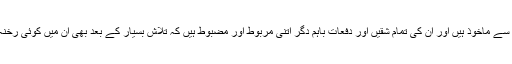
اسلامی تہذیب سے ماخوذ ہیں اور ان کی تمام شقیں اور دفعات باہم دگر اتنی مربوط اور مضبوط ہیں کہ تلاشِ بسیار کے بعد بھی ان میں کوئی رخنہ نظر نہیں آتا۔